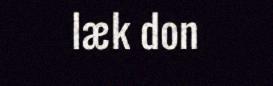
læk don